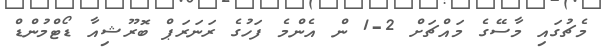
މެޗުގައި މާސޭގެ މައްޗަށް 2-1 ން އެންމެ ފަހުގެ ރަނަރަޕް ބޮރޫޝިއާ ޑޯޓްމުންޑް